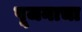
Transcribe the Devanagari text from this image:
पूजनाचा